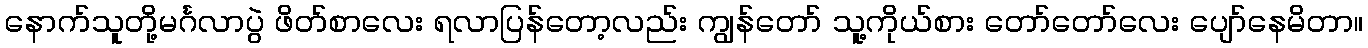
နောက်သူတို့မင်္ဂလာပွဲ ဖိတ်စာလေး ရလာပြန်တော့လည်း ကျွန်တော် သူ့ကိုယ်စား တော်တော်လေး ပျော်နေမိတာ။